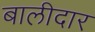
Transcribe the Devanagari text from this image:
बालीदार